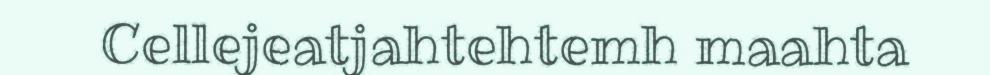
Cellejeatjahtehtemh maahta